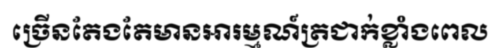
ច្រើនតែងតែមានអារម្មណ៍ត្រជាក់ខ្លាំងពេល